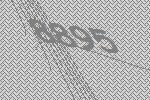
8895